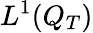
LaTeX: L^{1}(Q_{T})